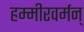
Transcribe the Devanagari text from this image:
हम्मीरवर्मन्